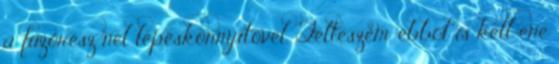
a fűzőrész nél lépéskönnyítővel. Felteszem, ebből is kell ene